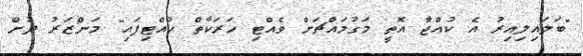
"ބަލައިލިއިރު އެ ކުއްޖާ އޮތީ މަގުމައްޗަށް ވެއްޓި ހަރަކާތް ހުއްޓިފައި" މަންޒަރު ދުށް